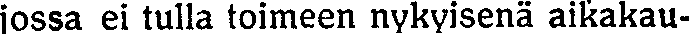
jossa ei tulla toimeen nykyisenä aikakau-